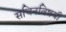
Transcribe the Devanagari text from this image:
सचिनविषयी